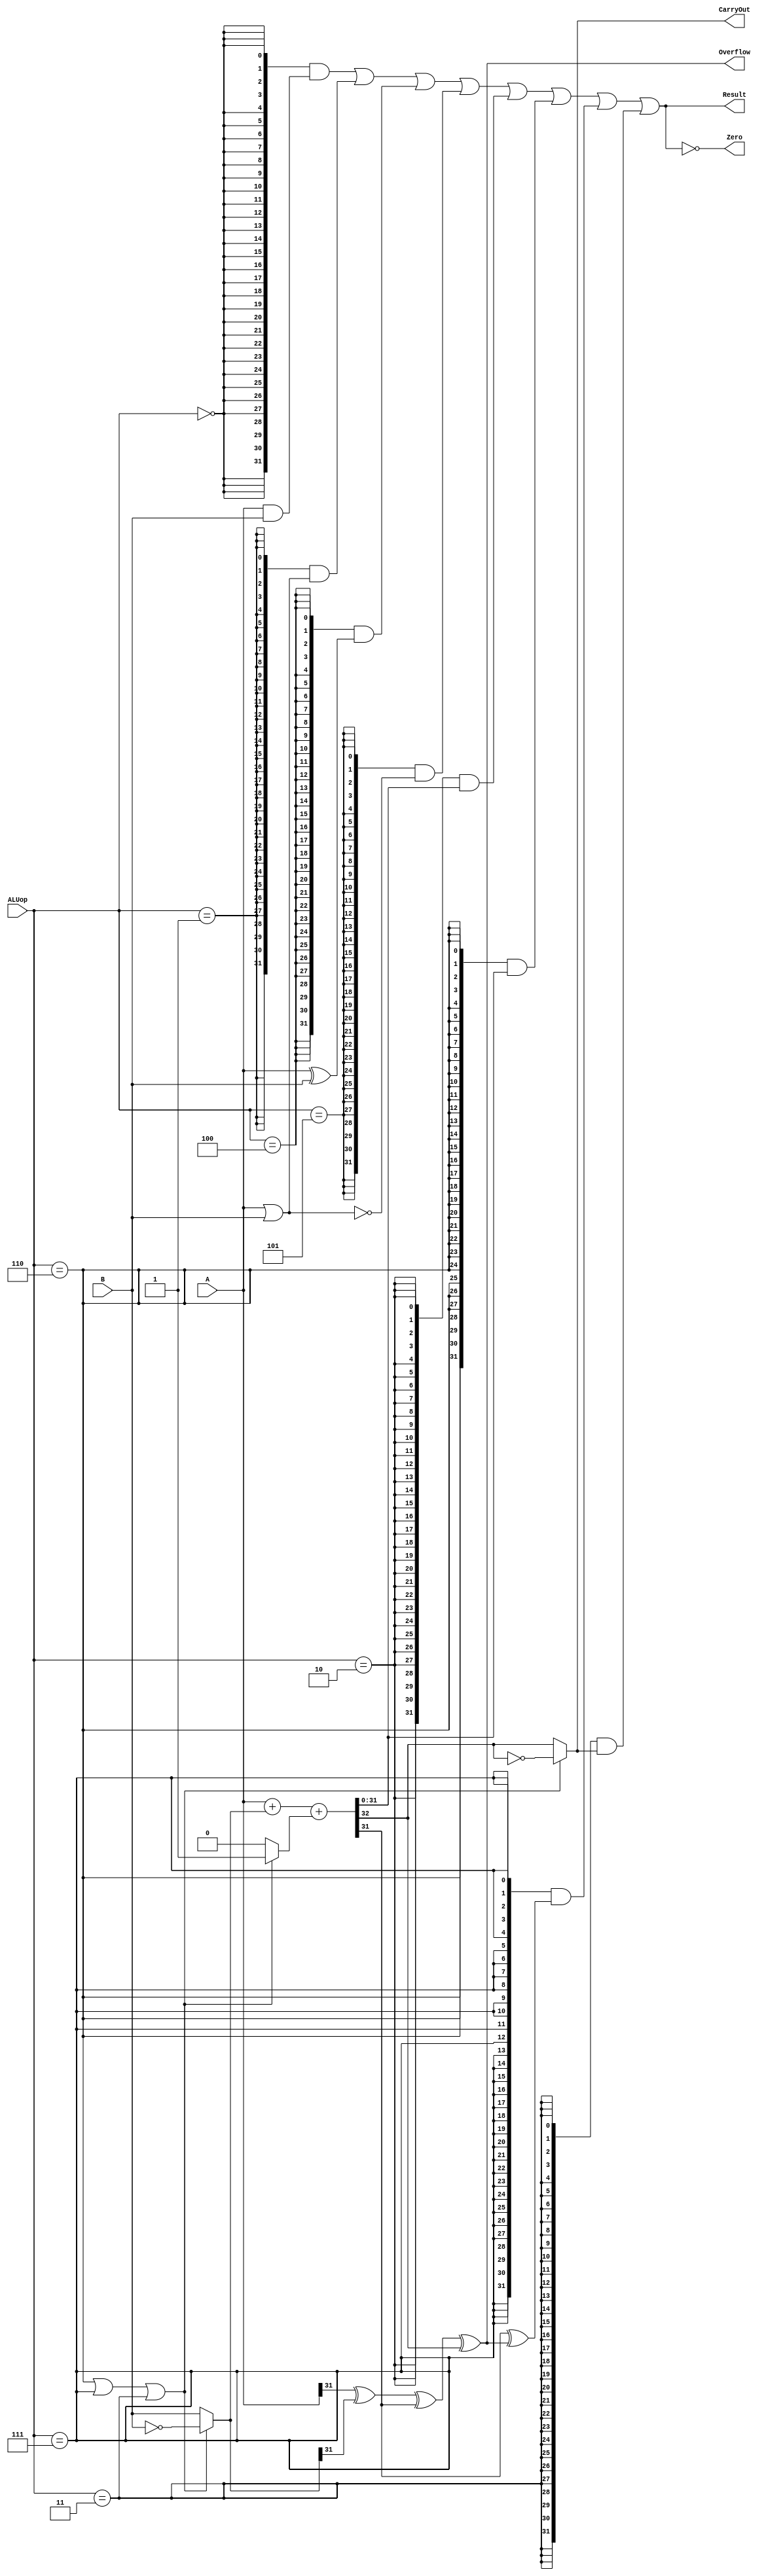
`timescale 10 ns / 1 ns

`define DATA_WIDTH 32

module alu(
	input  [`DATA_WIDTH - 1:0]  A,
	input  [`DATA_WIDTH - 1:0]  B,
	input  [              2:0]  ALUop,
	output                      Overflow,
	output                      CarryOut,
	output                      Zero,
	output [`DATA_WIDTH - 1:0]  Result
);
	// TODO: Please add your logic design here
	`define ALUOP_AND  3'b000
	`define ALUOP_OR   3'b001
	`define ALUOP_XOR  3'b100
	`define ALUOP_NOR  3'b101 
	`define ALUOP_ADD  3'b010
	`define ALUOP_SUB  3'b110
	`define ALUOP_SLT  3'b111
	`define ALUOP_SLTU 3'b011	// use `define to delete "magic numbers" 
	
	wire op_and  = ALUop == `ALUOP_AND;
	wire op_or   = ALUop == `ALUOP_OR;
	wire op_xor  = ALUop == `ALUOP_XOR;
	wire op_nor  = ALUop == `ALUOP_NOR;
	wire op_add  = ALUop == `ALUOP_ADD;
	wire op_sub  = ALUop == `ALUOP_SUB;
	wire op_slt  = ALUop == `ALUOP_SLT;
	wire op_sltu = ALUop == `ALUOP_SLTU;		// decode the alu_op signals
	
	wire [`DATA_WIDTH - 1:0] and_res = A & B;		// calculate the result of and 
	wire [`DATA_WIDTH - 1:0] or_res  = A | B;		// calculate the result of or
	wire [`DATA_WIDTH - 1:0] xor_res = A ^ B;		// calculate the result of xor
	wire [`DATA_WIDTH - 1:0] nor_res = ~(A | B);		// calculate the result of nor
	wire [`DATA_WIDTH - 1:0] B_2 = (op_sub || op_slt || op_sltu)? ~B : B;
	wire cin = (op_sub || op_slt || op_sltu)? 1: 0;
	wire [`DATA_WIDTH - 1:0] out;
	wire cout;
	assign {cout, out} = A + B_2 + cin;			
	assign CarryOut = (op_sub || op_slt || op_sltu)? !cout: cout; // calculate the CarryOut flag
	wire [`DATA_WIDTH - 1:0] add_res = out;			// calculate the result of add 
	wire [`DATA_WIDTH - 1:0] sub_res = out;			// calculate the result of sub 
	wire [`DATA_WIDTH - 1:0] slt_res = out [`DATA_WIDTH - 1] ^ Overflow;		// calculate the result of slt
	wire [`DATA_WIDTH - 1:0] sltu_res = CarryOut;		// calculate the result of sltu  

	assign Result = {`DATA_WIDTH{op_and}} & and_res |		// choose the final Result
			{`DATA_WIDTH{op_or }} & or_res  |
			{`DATA_WIDTH{op_xor}} & xor_res |
			{`DATA_WIDTH{op_nor}} & nor_res |   
			{`DATA_WIDTH{op_add}} & add_res |
			{`DATA_WIDTH{op_sub}} & sub_res |
			{`DATA_WIDTH{op_slt}} & slt_res |
			{`DATA_WIDTH{op_sltu}}& sltu_res;

	wire CarryIn_31 = A [`DATA_WIDTH - 1] ^ B_2 [`DATA_WIDTH - 1] ^ out [`DATA_WIDTH - 1];		
	//out = a ^ b ^ cin, so cin = a ^ b ^ out 
	assign Overflow = CarryIn_31 ^ cout;		// calculate the Overflow flag
	assign Zero = Result == 32'b0;			// calculate the Zero flag
	
endmodule